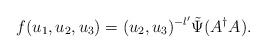
\begin{align*}f(u_1, u_2, u_3)=(u_2, u_3)^{-l'}\tilde\Psi(A^\dag A).\end{align*}